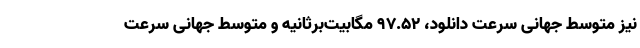
نیز متوسط جهانی سرعت دانلود، ۹۷.۵۲ مگابیت‌برثانیه و متوسط جهانی سرعت